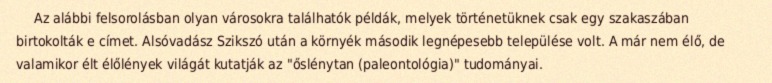
Az alábbi felsorolásban olyan városokra találhatók példák, melyek történetüknek csak egy szakaszában birtokolták e címet. Alsóvadász Szikszó után a környék második legnépesebb települése volt. A már nem élő, de valamikor élt élőlények világát kutatják az "őslénytan (paleontológia)" tudományai.